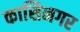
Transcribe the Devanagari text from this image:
कासिनगर